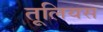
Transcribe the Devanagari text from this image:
तूलियस